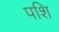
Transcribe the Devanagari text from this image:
पशि